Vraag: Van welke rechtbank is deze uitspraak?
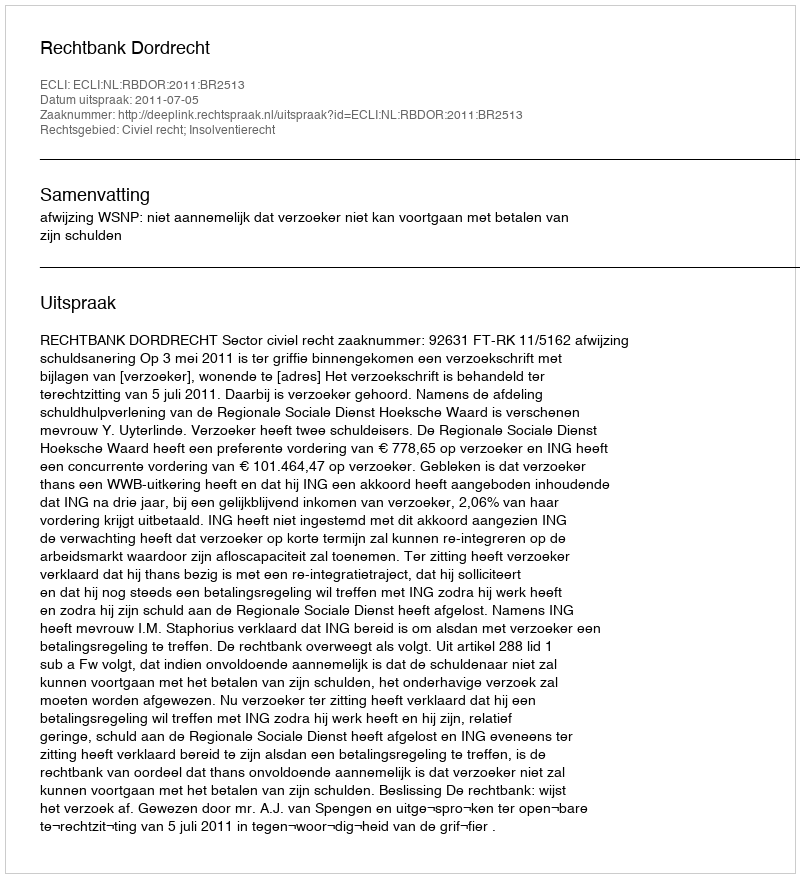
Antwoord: Rechtbank Dordrecht